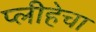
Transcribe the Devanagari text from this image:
प्लीहेचा